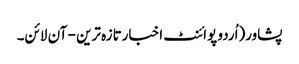
پشاور(اُردو پوائنٹ اخبارتازہ ترین - آن لائن۔